Vaccine operations Central Provinces 1886-1899 - 1886-1899
Year: 1886
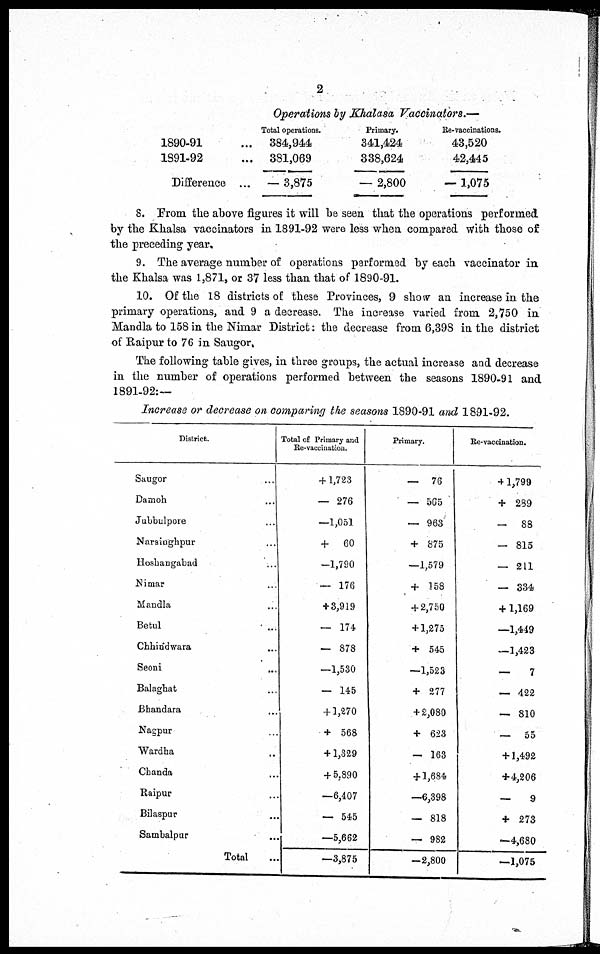
2
Operations by Khalasa Vaccinators.—
1890-91 ...
1891-92 ...
Difference ...
Total operations.
384,944
381,069
— 3,875
Primary.
341,424
338,624
— 2,800
Re-vaccinations.
43,520
42,445
— 1,075
8. From the above figures it will be seen that the operations performed
by the Khalsa vaccinators in 1891-92 were less when compared with those of
the preceding year.
9. The average number of operations performed by each vaccinator in
the Khalsa was 1,871, or 37 less than that of 1890-91.
10. Of the 18 districts of these Provinces, 9 show an increase in the
primary operations, and 9 a decrease. The increase varied from 2,750 in
Mandla to 158 in the Nimar District: the decrease from 6,398 in the district
of Raipur to 76 in Saugor,
The following table gives, in three groups, the actual increase and decrease
in the number of operations performed between the seasons 1890-91 and
1891-92:—
Increase or decrease on comparing the seasons 1890-91 and 1891-92.
District.
Saugor ...
Damoh ...
Jubbulpore ...
Narsinghpur ...
Hoshangabad ...
Nimar ...
Mandla ...
Betul ...
Chhindwara ...
Seoni ...
Balaghat ...
Bhandara ...
Nagpur ...
Wardha ...
Chanda ...
Raipur ...
Bilaspur ...
Sambalpur ...
Total ...
Total of Primary and
Re-vaccination.
+1,723
- 276
-1,051
+ 60
-1,790
- 176
+ 3,919
- 174
- 878
-1,530
- 145
+ 1,270
+ 568
+ 1,829
+ 5.890
- 6,407
- 545
- 5,662
- 3,875
Primary.
-
76
- 565
- 963
+ 875
-1,579
+ 158
+ 2,750
+ 1,275
+ 545
-1,523
+ 277
+ 2,080
+ 623
- 163
+ 1,684
- 6,398
- 818
- 982
-2,800
Re-vaccination.
+1,799
+ 289
-
88
- 815
- 211
- 334
+1,169
-1,449
-1,423
-
7
- 422
- 810
-
55
+ 1,492
+4,206
-
9
+ 273
- 4,680
- 1,075